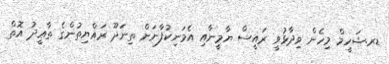
ޑރ.ޝަހީމް މިހެން ވިދާޅުވީ ރައީސް ޔާމީނާއި އެމަނިކުފާނަށް ތިނަދޫ ރައްޔިތުންގެ ތާޢީދު އޮތް